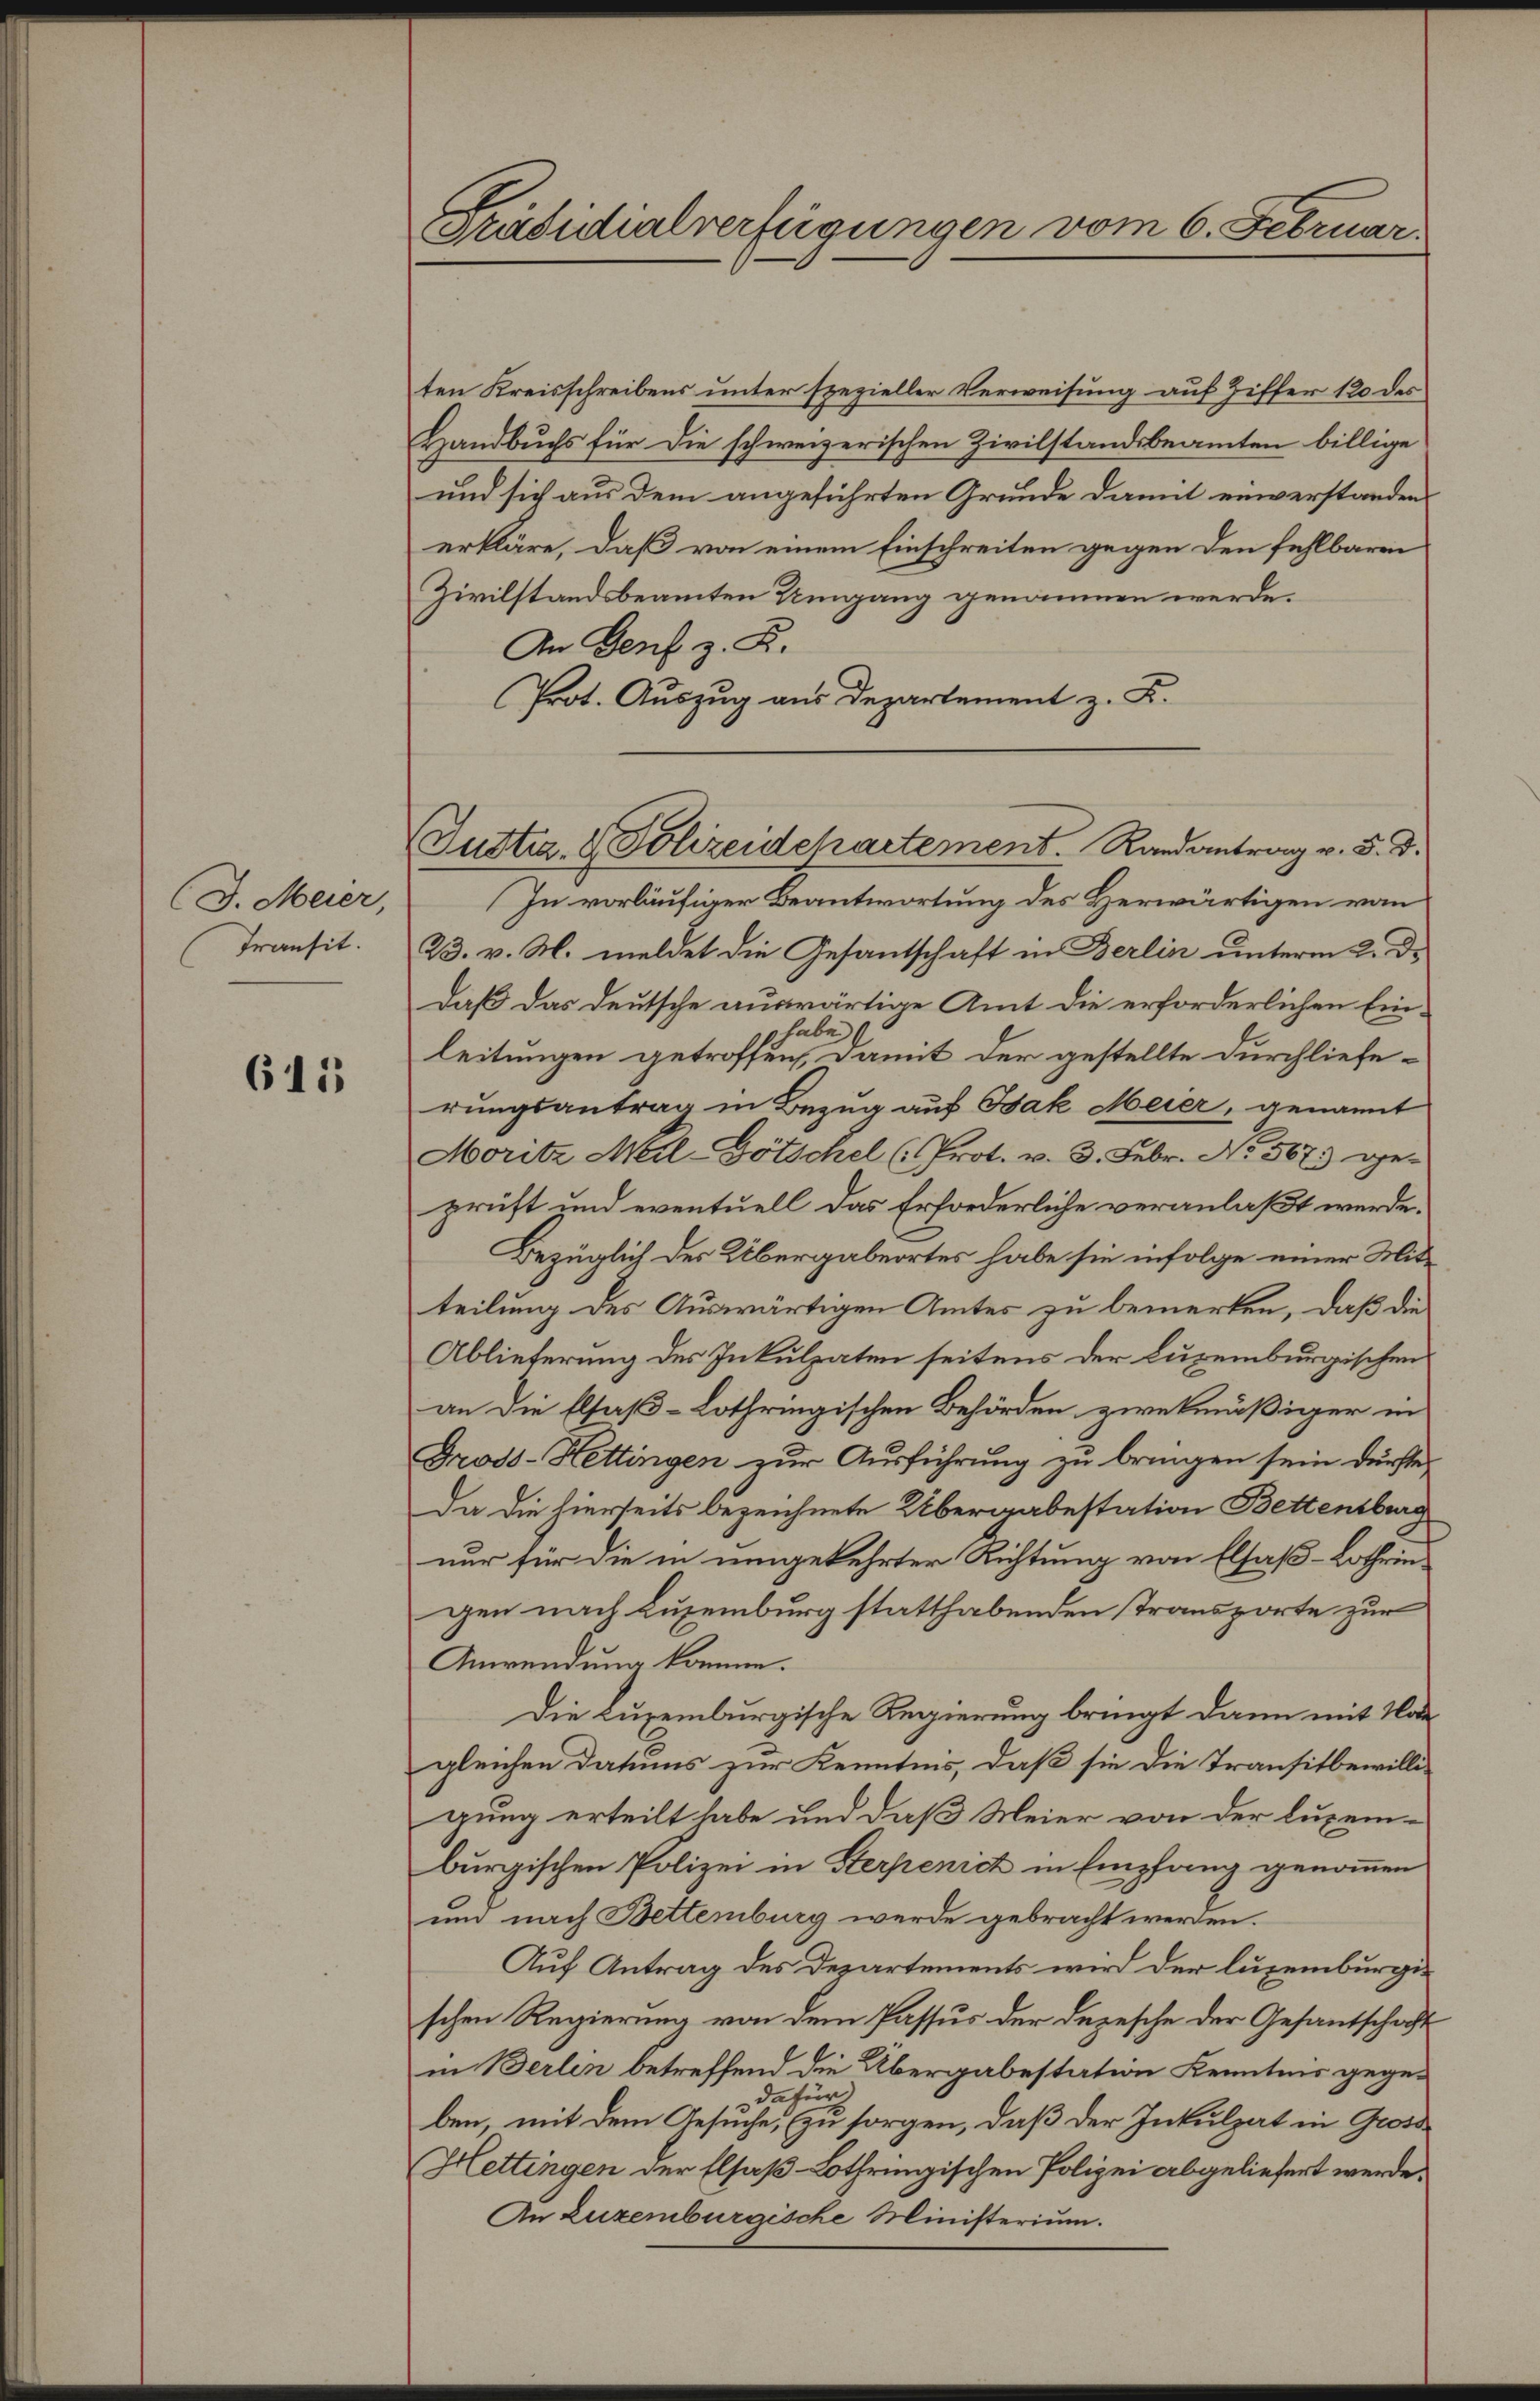
(J. Meier,
Transit.

615

Präsidialverfügungen vom 6. Februar.

Justiz- & Polizeidepartement.   Randantrag v. 5. d.

ten Kreisschreibens unter spezieller Verweisung auf Ziffer 120 des
Handbuchs für die schweizerischen Zivilstandsbeamten billige
und sich aus dem angeführten Grunde damit einverstanden.
erkläre, daß von einem Einschreiten gegen den fehlbaren
Zivilstandsbeamten Umgang genommen werde.
An Genf z. R.
Prot. Auszug aus Departement z. B.
In vorläufiger Beantwortung des Herwärtigen von
23. v. M. meldet die Gesantschaft in Berlin unterm 2. d.
daß das deutsche auswärtige Amt die erforderlichen Einhabe
leitungen getroffen, damit der gestellte Durchlieferungsantrag in Bezug auf Bak Meier, genannt
Moritz Meil-Götschel (Prot. v. 3. Febr. No. 567. ge-
prüft und eventuell das Erforderliche veranlaßt werde.
Bezüglich der Übergabeortes habe sie infolge einer Mitteilung des Auswärtigen Amtes zu bemerken, daß die
Ablieferung des Inkulpaten seitens der Luxenburgischen
an die Elsaß-Lothringischen Behörden zwekmäßiger in
Gross-Hettingen zur Ausführung zu bringen sein dürfte,
Da die hierseits bezeichnete Übergabestation Bettensburg
nur für die in umgekehrter Richtung von Elsaß-Lothrin
gen nach Lusemburg statthabenden Transporte zur
Anwendung komme.
Die Luxenburgische Regierung bringt dann mit Not
gleichen Datums zur Kenntnis, daß sie die Transitbewilli-
gung erteilt habe und daß Meier von der luxem-
burgischen Polizei in Sterpenich in Empfang genommen
und nach Bettenburg werde gebracht werden.
Auf Antrag des Departements wird der luxenburgischen Regierung von dem Passus der Depesche der Gesantschaft
in Berlin betreffend die Übergabestation Kenntnis gegedafür.
ben, mit dem Gesuche, zu sorgen, daß der Inkulpat in Gross
Hettingen der Elsaß-Lothringischen Polizei abgeliefert werde.
An Zuzemburgische Ministerium.